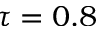
\tau = 0 . 8